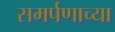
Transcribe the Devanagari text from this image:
समर्पणाच्या